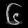
Digit: ၆